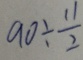
9 0 \div \frac { 1 1 } { 2 }